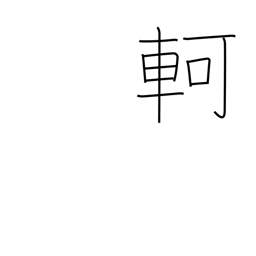
Meaning: difficult progress